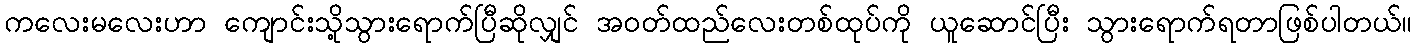
ကလေးမလေးဟာ ကျောင်းသို့သွားရောက်ပြီဆိုလျှင် အဝတ်ထည်လေးတစ်ထုပ်ကို ယူဆောင်ပြီး သွားရောက်ရတာဖြစ်ပါတယ်။